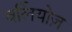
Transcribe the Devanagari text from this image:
बर्लियोज़